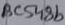
Text: BC548b